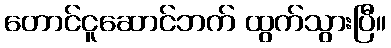
တောင်ငူဆောင်ဘက် ထွက်သွားပြီ။